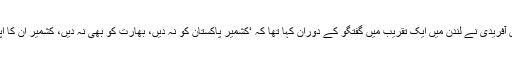
واضح رہے کہ حال ہی میں کستان کرکٹ ٹیم کے سابق آل راؤنڈر شاہد خان آفریدی نے لندن میں ایک تقریب میں گفتگو کے دوران کہا تھا کہ ‘کشمیر پاکستان کو نہ دیں، بھارت کو بھی نہ دیں، کشمیر ان کا اپنا رہنے دیں، کشمیر کوئی ایشو نہیں ہے دنیا نے اس کو ایشو بنایا ہوا ہے’۔